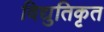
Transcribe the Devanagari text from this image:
विद्युतिकृत